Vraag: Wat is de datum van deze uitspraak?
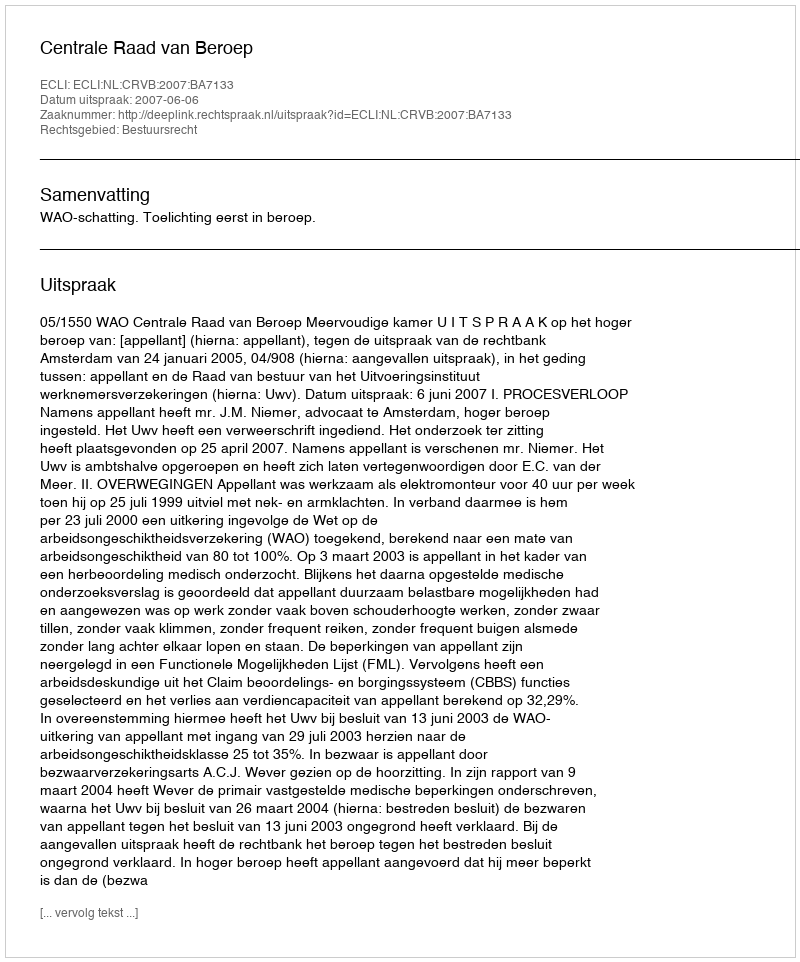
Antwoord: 2007-06-06